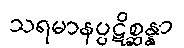
သရမာနပ္ပဋိစ္ဆန္နာ